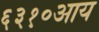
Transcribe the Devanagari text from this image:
६३१०आय